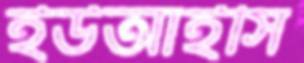
ইউআইসি